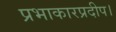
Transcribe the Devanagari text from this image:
प्रभाकारप्रदीप।